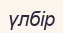
үлбір